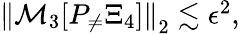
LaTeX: \begin{array}{r}{\left\| \mathcal{M}_{3}[P_{\neq}\Xi_{4}]\right\| _{2}\lesssim\epsilon^{2},}\end{array}